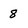
Character: 8